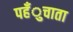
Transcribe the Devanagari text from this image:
पहँुचाता